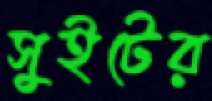
সুইটের